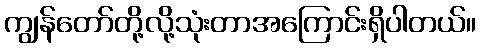
ကျွန်တော်တို့လို့သုံးတာအကြောင်းရှိပါတယ်။